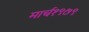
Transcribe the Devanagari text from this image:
मार्च१९७९